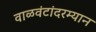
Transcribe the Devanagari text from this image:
वाळवंटांदरम्यान